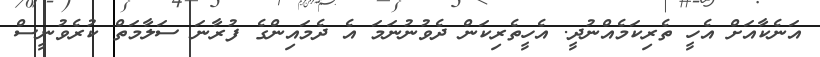
އަނެކާއަށް އެހީ ތެރިކަމެއްނުދީ. އެހީތެރިކަން ދެވުނުނަމަ އެ ދެމައިންގެ ފުރާނަ ސަލާމަތް ކުރެވުނީސް